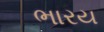
ભારય